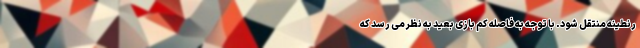
رنطینه منتقل شود. با توجه به فاصله کم بازی بعید به نظر می رسد که